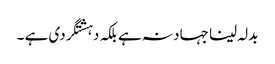
بدلہ لینا جہاد نہ ہے بلکہ دہشتگردی ہے ۔